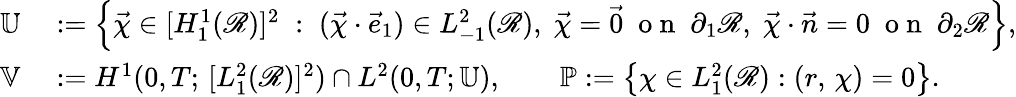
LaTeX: \begin{array}{rl}{\mathbb{U}}&{{}:=\Bigl\{ \vec{\chi}\in[H_{1}^{1}(\mathscr{R})]^{2}\; :\; (\vec{\chi}\cdot\vec{e}_{1})\in L_{-1}^{2}(\mathscr{R}),\; \vec{\chi}=\vec{0}\; \mathrm{~o~n~}\; \partial_{1}\mathscr{R},\; \vec{\chi}\cdot\vec{n}=0\; \mathrm{~o~n~}\; \partial_{2}\mathscr{R}\Bigr\} ,}\\ {\mathbb{V}}&{{}:=H^{1}(0,T;\, [L_{1}^{2}(\mathscr{R})]^{2})\cap L^{2}(0,T;\mathbb{U}),\qquad{\mathbb{P}}:=\bigl\{ \chi\in L_{1}^{2}(\mathscr{R}):(r,\, \chi)=0\bigr\} .}\end{array}